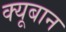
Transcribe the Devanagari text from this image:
क्यूबान